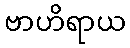
ဗာဟိရာယ